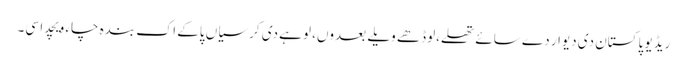
ریڈیو پاکستان دی دیوار دے سائے تھلے،لوڈھے ویلے بعدوں، لوہے دی کرسیاں پاکے اک بندہ چاء ویچدا سی۔